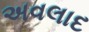
અવલાદ